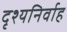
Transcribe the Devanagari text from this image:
दृश्यनिर्वाह